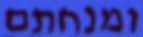
ומנחתם